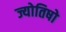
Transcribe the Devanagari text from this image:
ज्योतिषो